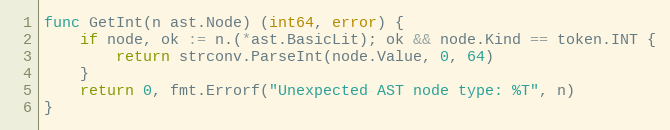
Language: Go
func GetInt(n ast.Node) (int64, error) {
	if node, ok := n.(*ast.BasicLit); ok && node.Kind == token.INT {
		return strconv.ParseInt(node.Value, 0, 64)
	}
	return 0, fmt.Errorf("Unexpected AST node type: %T", n)
}